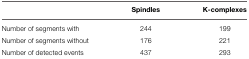
<table><thead><tr><td></td><td><b>Spindles</b></td><td><b>K-complexes</b></td></tr></thead><tbody><tr><td>Number of segments with</td><td>244</td><td>199</td></tr><tr><td>Number of segments without</td><td>176</td><td>221</td></tr><tr><td>Number of detected events</td><td>437</td><td>293</td></tr></tbody></table>